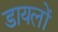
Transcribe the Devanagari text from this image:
डायलों